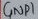
Text: GND1